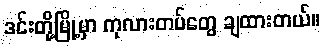
ဒင်းတို့မြို့မှာ ကုလားတပ်တွေ ချထားတယ်။